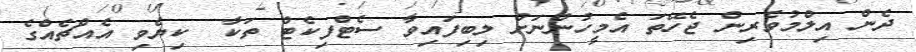
ދެން އިލްމުވެރިން ޖެހޭތަ އެމީހުންނަށް ލިބިފައިވާ ސެޓްފިކެޓް ތަކާ  ކިޔެވި އެއްޗެއްގެ